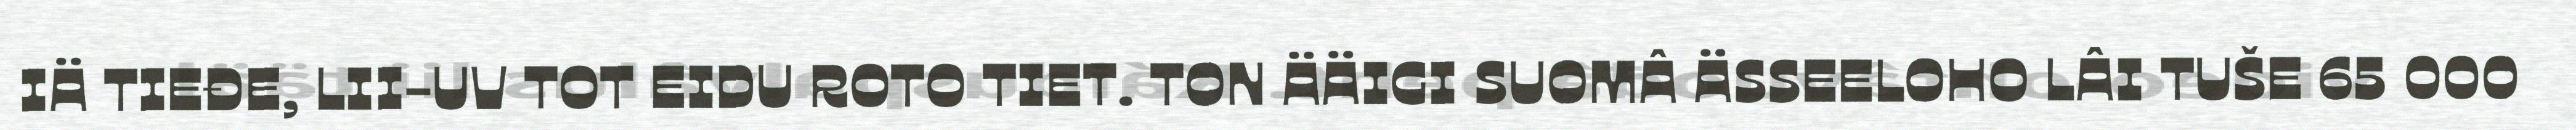
IÄ TIEĐE, LII-UV TOT EIDU ROTO TIET. TON ÄÄIGI SUOMÂ ÄSSEELOHO LÂI TUŠE 65 000